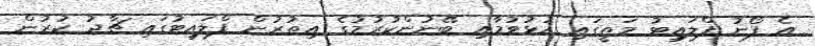
އެ ފޯނު ފްލައިޓު މަތީގައި ހުޅުވުމާއި ބޭނުންކުރުމުގެ އިތުރުން ފްލައިޓުގައި ޗާޖު ކުރުން